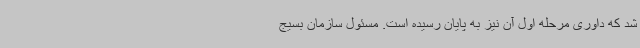
شد که داوری مرحله اول آن نیز به پایان رسیده است. مسئول سازمان بسیج